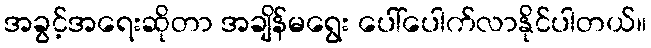
အခွင့်အရေးဆိုတာ အချိန်မရွေး ပေါ်ပေါက်လာနိုင်ပါတယ်။